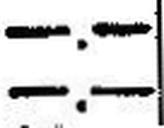
—.—